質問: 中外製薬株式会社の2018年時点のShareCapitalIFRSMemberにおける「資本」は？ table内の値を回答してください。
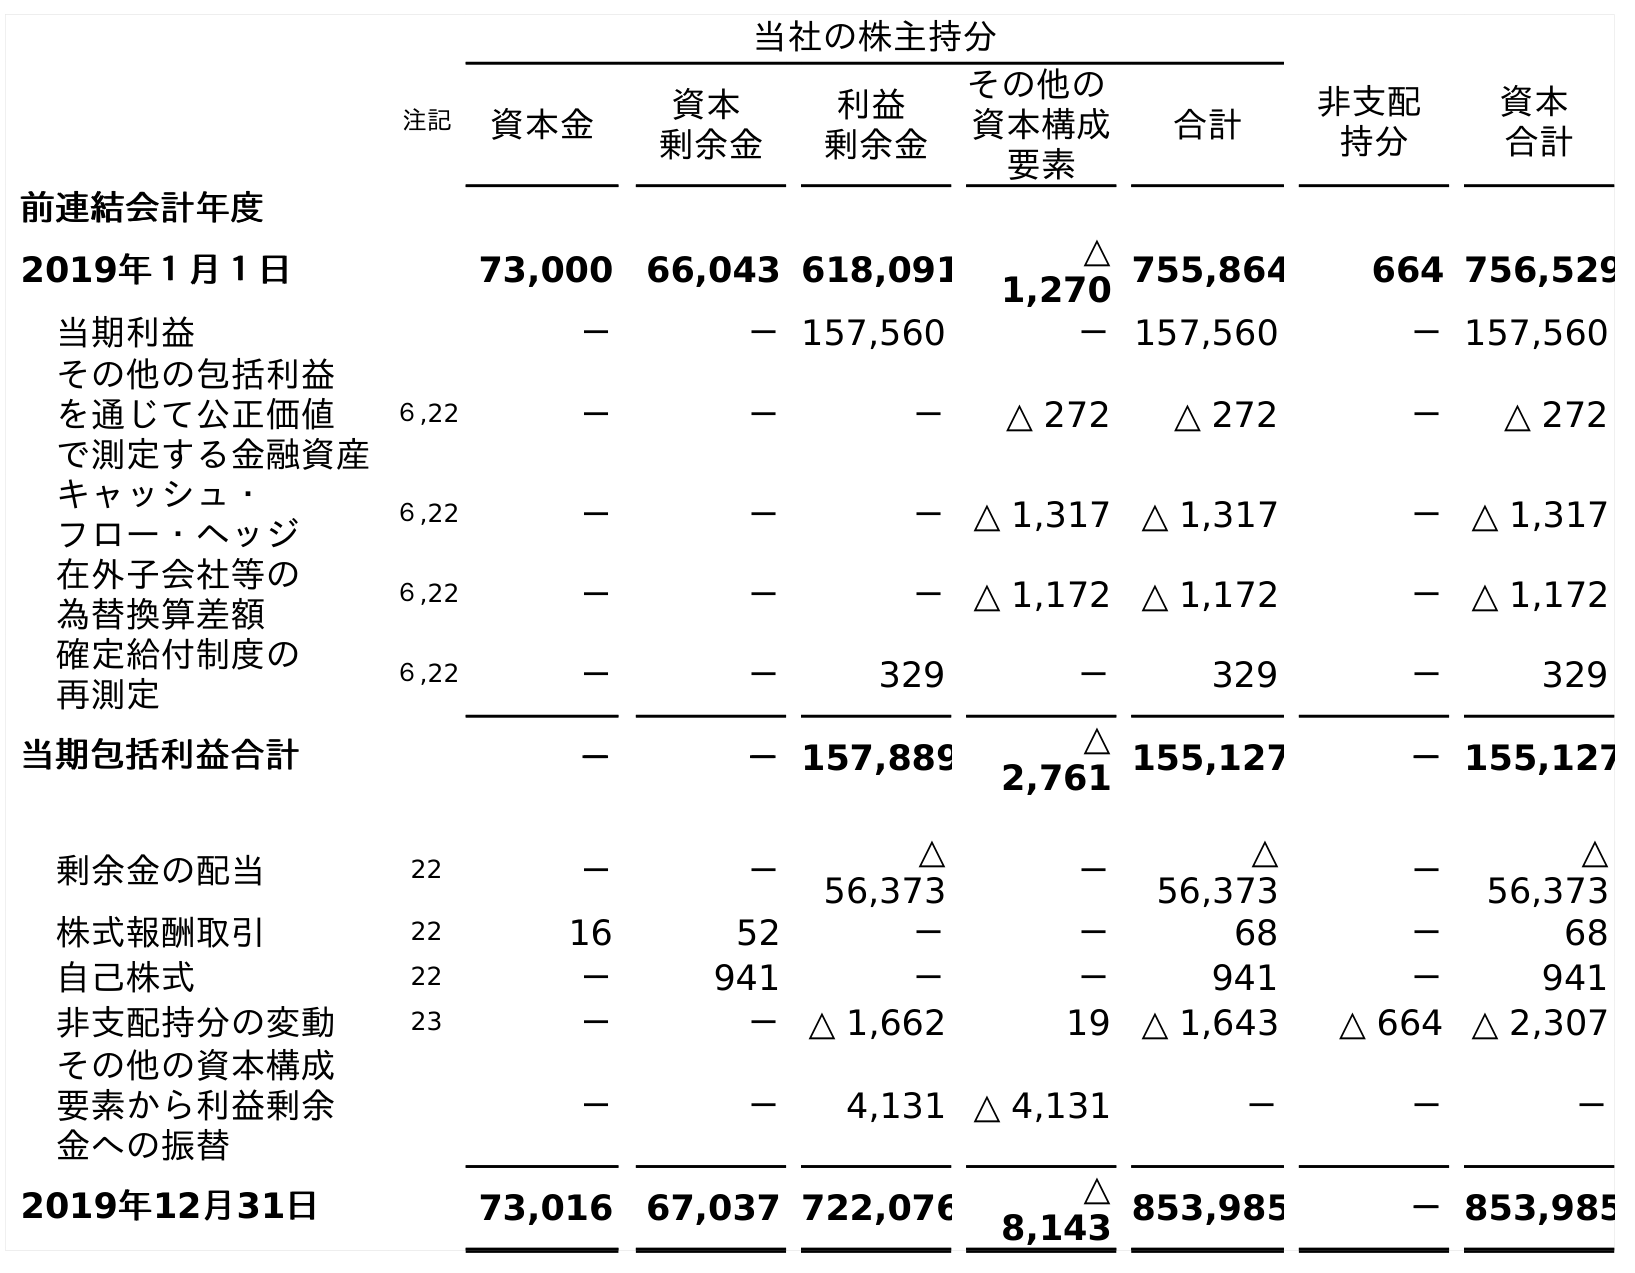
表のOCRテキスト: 当社の株主持分 注記 資本金 資本 剰余金 利益 剰余金 その他の 資本構成 要素 合計 非支配 持分 資本 合計 前連結会計年度 2019年１月１日 73,000 66,043 618,091 △ 1,270 755,864 664 756,529 当期利益 － －157,560 －157,560 －157,560 その他の包括利益 を通じて公正価値 で測定する金融資産 ６,22 － － － △ 272 △ 272 － △ 272 キャッシュ・ フロー・ヘッジ ６,22 － － －△ 1,317 △ 1,317 －△ 1,317 在外子会社等の 為替換算差額 ６,22 － － －△ 1,172 △ 1,172 －△ 1,172 確定給付制度の 再測定 ６,22 － － 329 － 329 － 329 当期包括利益合計 － －157,889 △ 2,761 155,127 －155,127 剰余金の配当 22 － － △ 56,373 － △ 56,373 － △ 56,373 株式報酬取引 22 16 52 － － 68 － 68 自己株式 22 － 941 － － 941 － 941 非支配持分の変動 23 － －△ 1,662 19 △ 1,643 △ 664 △ 2,307 その他の資本構成 要素から利益剰余 金への振替 － － 4,131 △ 4,131 － － － 2019年12月31日 73,016 67,037 722,076 △ 8,143 853,985 －853,985
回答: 73,000